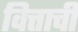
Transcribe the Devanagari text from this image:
वित्ताची